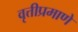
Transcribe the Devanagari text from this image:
वृत्तीप्रमाणे